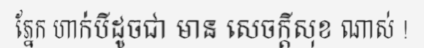
ភ្នែក ហាក់បីដូចជា មាន សេចក្តីសុខ ណាស់ !